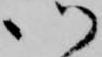
御